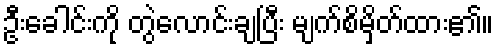
ဦးခေါင်းကို တွဲလောင်းချပြီး မျက်စိမှိတ်ထား၏။